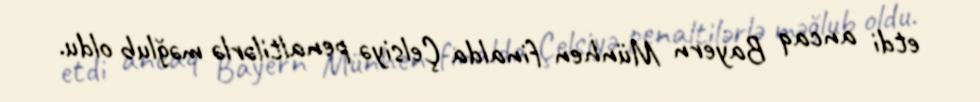
etdi ancaq Bayern Münhen finalda Çelsiyə penaltilərlə məğlub oldu.